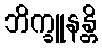
ဘိက္ခူနန္တိ